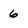
Character: 6